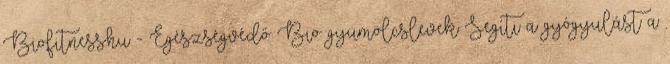
Biofitness.hu - Egészségvédő Bio gyümölcslevek Segíti a gyógyulást a